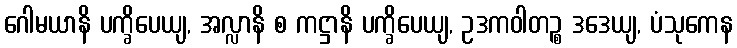
ဂေါမယာနိ ပက္ခိပေယျ, အလ္လာနိ စ ကဋ္ဌာနိ ပက္ခိပေယျ, ဥဒကဝါတဉ္စ ဒဒေယျ, ပံသုကေန